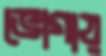
ভোগায়